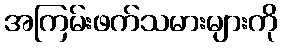
အကြမ်းဖက်သမားများကို